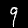
Label: 9